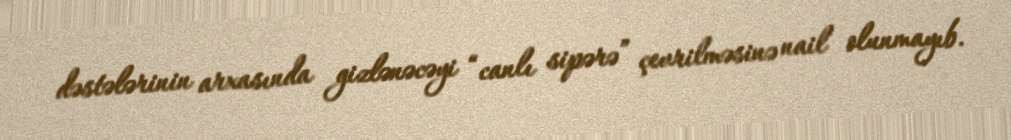
dəstələrinin arxasında gizlənəcəyi “canlı sipərə” çevrilməsinə nail olunmayıb.